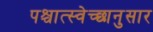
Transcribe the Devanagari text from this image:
पश्चात्स्वेच्छानुसार